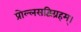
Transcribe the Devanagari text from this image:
प्रोल्लसद्विग्रहम्।